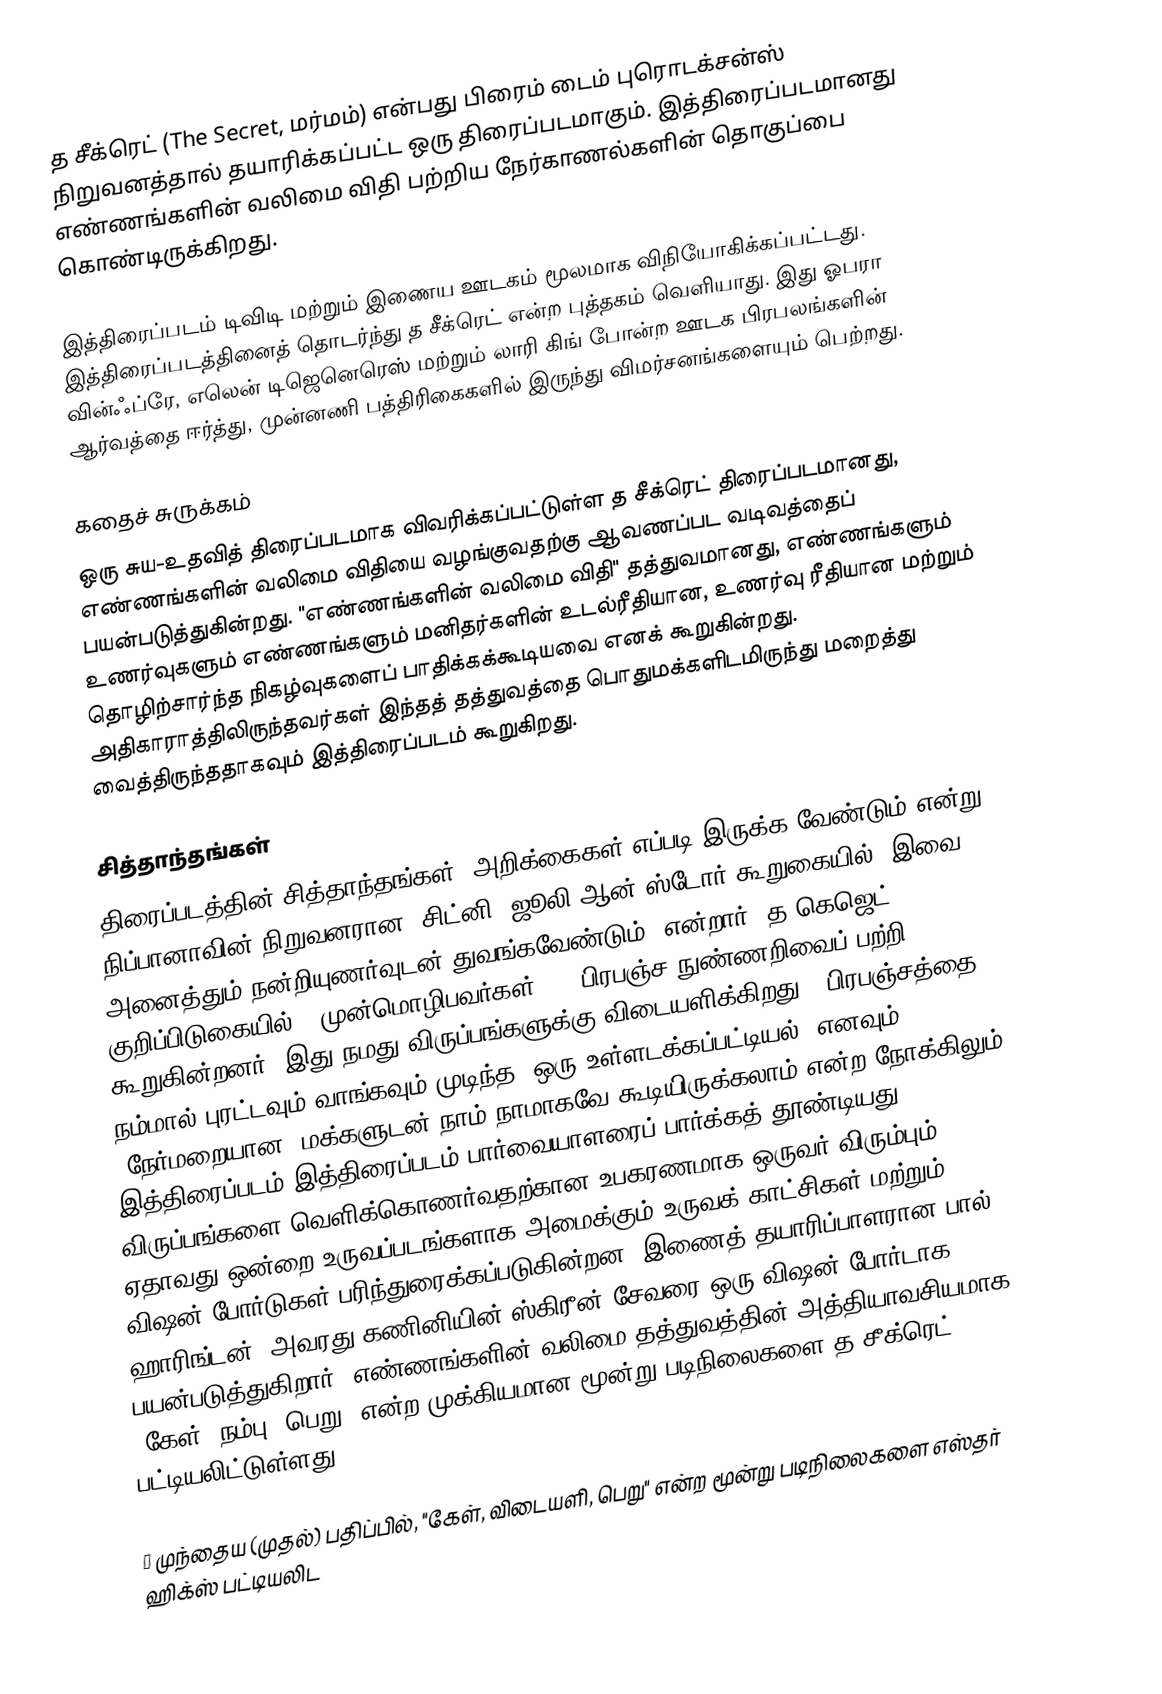
த சீக்ரெட்  (The Secret, மர்மம்) என்பது பிரைம் டைம் புரொடக்சன்ஸ் நிறுவனத்தால் தயாரிக்கப்பட்ட ஒரு திரைப்படமாகும். இத்திரைப்படமானது எண்ணங்களின் வலிமை விதி பற்றிய நேர்காணல்களின் தொகுப்பை கொண்டிருக்கிறது.

இத்திரைப்படம் டிவிடி மற்றும் இணைய ஊடகம் மூலமாக விநியோகிக்கப்பட்டது. இத்திரைப்படத்தினைத் தொடர்ந்து த சீக்ரெட் என்ற புத்தகம் வெளியாது. இது ஓபரா வின்ஃப்ரே, எலென் டிஜெனெரெஸ் மற்றும் லாரி கிங் போன்ற ஊடக பிரபலங்களின் ஆர்வத்தை ஈர்த்து, முன்னணி பத்திரிகைகளில் இருந்து விமர்சனங்களையும் பெற்றது.

 கதைச் சுருக்கம்
ஒரு சுய-உதவித் திரைப்படமாக விவரிக்கப்பட்டுள்ள த சீக்ரெட் திரைப்படமானது, எண்ணங்களின் வலிமை விதியை வழங்குவதற்கு ஆவணப்பட வடிவத்தைப் பயன்படுத்துகின்றது. "எண்ணங்களின் வலிமை விதி" தத்துவமானது, எண்ணங்களும் உணர்வுகளும் எண்ணங்களும் மனிதர்களின் உடல்ரீதியான, உணர்வு ரீதியான மற்றும் தொழிற்சார்ந்த நிகழ்வுகளைப் பாதிக்கக்கூடியவை எனக் கூறுகின்றது. அதிகாராத்திலிருந்தவர்கள் இந்தத் தத்துவத்தை பொதுமக்களிடமிருந்து மறைத்து வைத்திருந்ததாகவும் இத்திரைப்படம் கூறுகிறது.

 சித்தாந்தங்கள்
திரைப்படத்தின் சித்தாந்தங்கள், அறிக்கைகள் எப்படி இருக்க வேண்டும் என்று நிப்பானாவின் நிறுவனரான (சிட்னி) ஜூலி ஆன் ஸ்டோர் கூறுகையில் "இவை அனைத்தும் நன்றியுணர்வுடன் துவங்கவேண்டும்" என்றார். த கெஜெட் குறிப்பிடுகையில், "முன்மொழிபவர்கள் ... பிரபஞ்ச நுண்ணறிவைப் பற்றி கூறுகின்றனர், இது நமது விருப்பங்களுக்கு விடையளிக்கிறது. "பிரபஞ்சத்தை நம்மால் புரட்டவும் வாங்கவும் முடிந்த 'ஒரு உள்ளடக்கப்பட்டியல்' எனவும்",, "நேர்மறையான" மக்களுடன் நாம் நாமாகவே கூடியிருக்கலாம் என்ற நோக்கிலும் இத்திரைப்படம் இத்திரைப்படம் பார்வையாளரைப் பார்க்கத் தூண்டியது. விருப்பங்களை வெளிக்கொணர்வதற்கான உபகரணமாக ஒருவர் விரும்பும் ஏதாவது ஒன்றை உருவப்படங்களாக அமைக்கும் உருவக் காட்சிகள் மற்றும் விஷன் போர்டுகள் பரிந்துரைக்கப்படுகின்றன. இணைத் தயாரிப்பாளரான பால் ஹாரிங்டன், அவரது கணினியின் ஸ்கிரீன் சேவரை ஒரு விஷன் போர்டாக பயன்படுத்துகிறார். எண்ணங்களின் வலிமை தத்துவத்தின் அத்தியாவசியமாக "கேள், நம்பு, பெறு" என்ற முக்கியமான மூன்று படிநிலைகளை த சீக்ரெட் பட்டியலிட்டுள்ளது:

† முந்தைய (முதல்) பதிப்பில், "கேள், விடையளி, பெறு" என்ற மூன்று படிநிலைகளை எஸ்தர் ஹிக்ஸ் பட்டியலிட